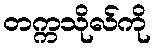
တက္ကသိုလ်ကို